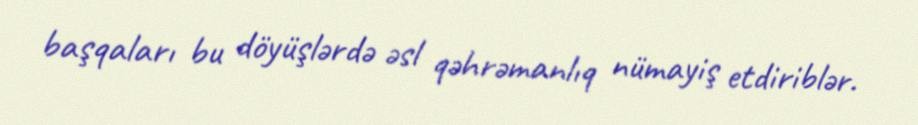
başqaları bu döyüşlərdə əsl qəhrəmanlıq nümayiş etdiriblər.